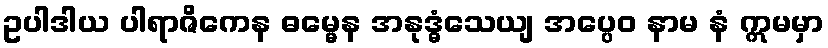
ဥပါဒါယ ပါရာဇိကေန ဓမ္မေန အနုဒ္ဓံသေယျ အပ္ပေဝ နာမ နံ ဣမမှာ